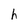
Character: h